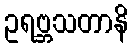
ဥရဗ္ဘသတာနိ